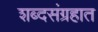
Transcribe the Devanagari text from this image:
शब्दसंग्रहात